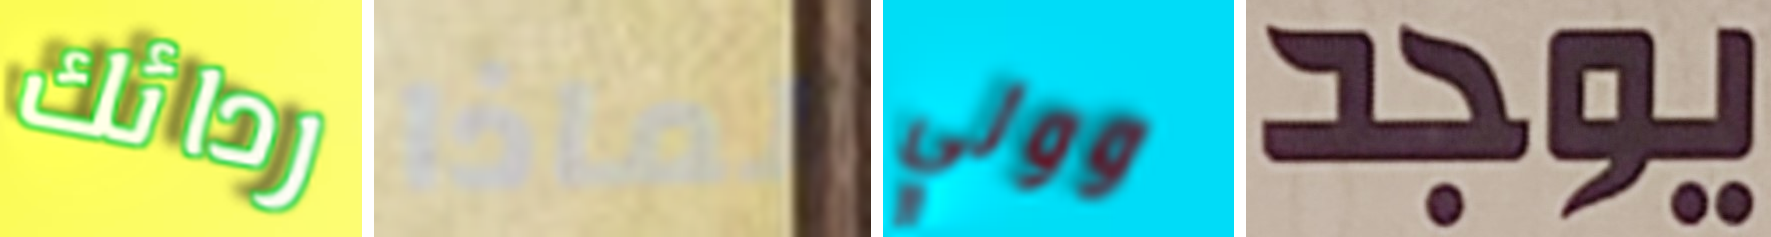
ردائك لماذا وولي يوجد